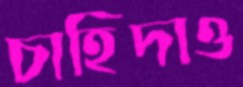
চাহিদাও